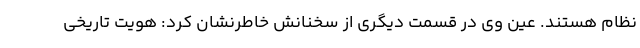
نظام هستند. عین وی در قسمت دیگری از سخنانش خاطرنشان کرد: هویت تاریخی